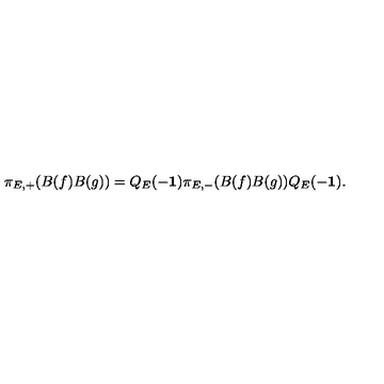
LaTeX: \pi _ { E , + } ( B ( f ) B ( g ) ) = Q _ { E } ( - { \bf 1 } ) \pi _ { E , - } ( B ( f ) B ( g ) ) Q _ { E } ( - { \bf 1 } ) .